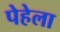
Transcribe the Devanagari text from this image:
पेहेला